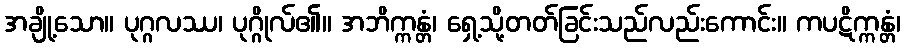
အချို့သော။ ပုဂ္ဂလဿ၊ ပုဂ္ဂိုလ်၏။ အဘိက္ကန္တံ၊ ရှေ့သို့တတ်ခြင်းသည်လည်းကောင်း။ ကပဋိက္ကန္တံ၊